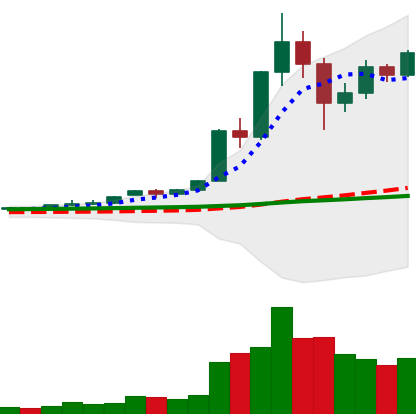
Ticker: XRP-USD
Chart end date: 2020-11-30
Forward return: -12.029%
Label: down_7plus